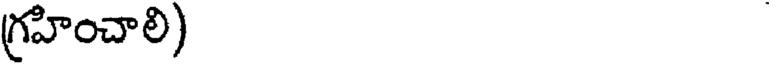
గ్రహించాలి)